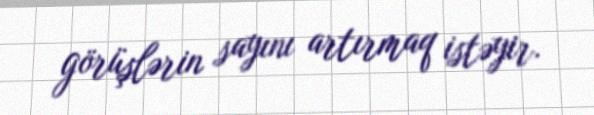
görüşlərin sayını artırmaq istəyir.